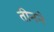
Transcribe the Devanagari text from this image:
तीनने